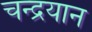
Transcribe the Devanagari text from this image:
चन्‍द्रयान